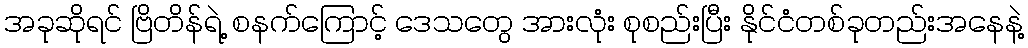
အခုဆိုရင် ဗြိတိန်ရဲ့ စနက်ကြောင့် ဒေသတွေ အားလုံး စုစည်းပြီး နိုင်ငံတစ်ခုတည်းအနေနဲ့